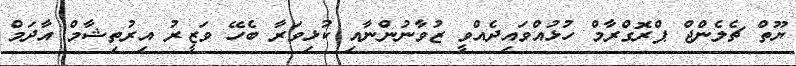
ޔޫތް ޗެލެންޖް ޕްރޮގްރާމް ހުޅުއްވައިދެއްވީ ޒުވާނުންނާއި ކުޅިވަރާ ބެހޭ ވަޒީރު އިރުތިޝާމް އާދަމް